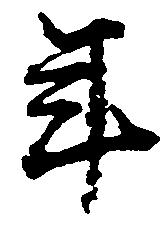
年